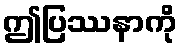
ဤပြဿနာကို